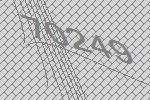
70249